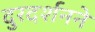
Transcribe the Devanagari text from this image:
दुरदर्शनने